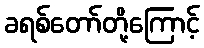
ခရစ်တော်တို့ကြောင့်